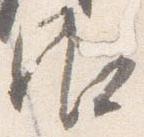
御